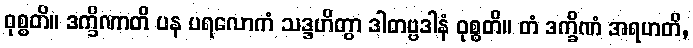
ဝုစ္စတိ။ ဒက္ခိဏာတိ ပန ပရလောကံ သဒ္ဒဟိတွာ ဒါတဗ္ဗဒါနံ ဝုစ္စတိ။ တံ ဒက္ခိဏံ အရဟတိ,